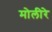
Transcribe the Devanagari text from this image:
मोलीरे